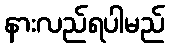
နားလည်ရပါမည်